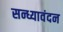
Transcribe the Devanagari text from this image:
सन्ध्यावंदन